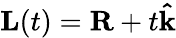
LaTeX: \mathbf{L}(t)=\mathbf{R}+t\mathbf{\hat{k}}